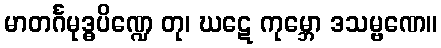
မာတင်္ဂမုဒ္ဓပိဏ္ဍေ တု၊ ဃဋေ ကုမ္ဘော ဒသမ္ဗဏေ။